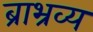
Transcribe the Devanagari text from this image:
ब्राभ्रव्य